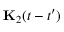
\mathbf { { K } } _ { 2 } ( t - t ^ { \prime } )